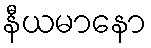
နီယမာနော